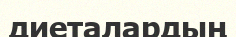
диеталардың